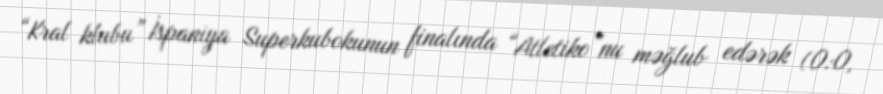
“Kral klubu” İspaniya Superkubokunun finalında “Atletiko”nu məğlub edərək (0:0,